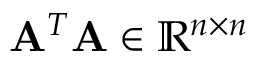
\mathbf { A } ^ { T } \mathbf { A } \in \mathbb { R } ^ { n \times n }